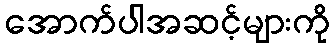
အောက်ပါအဆင့်များကို